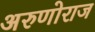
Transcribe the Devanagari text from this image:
अरुणोराज